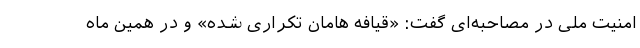
امنیت ملی در مصاحبه‌ای گفت‌: «قیافه هامان تکراری شده» و در همین ماه